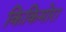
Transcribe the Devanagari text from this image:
किकिमोरा